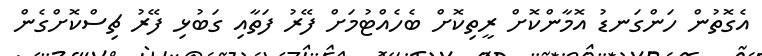
އެގޮތުން ހަންގަނޑު އޮމާންކޮށް ރީތިކޮށް ބެހެއްޓުމަށް ފޭރު ފަތާއި ގަބުޅި ފޭރު ޗިސްކޮށްގެން